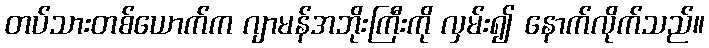
တပ်သားတစ်ယောက်က ဂျာမန်အဘိုးကြီးကို လှမ်း၍ နောက်လိုက်သည်။